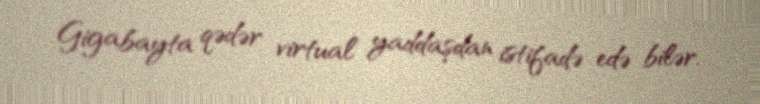
Gigabayta qədər virtual yaddaşdan istifadə edə bilər.